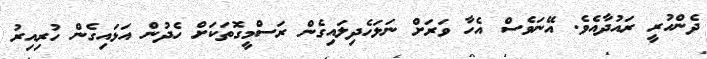
ދެންހުރީ ރައުދާއެވެ. އޭނަވެސް އެހާ ވަރަށް ނަލަހެދިލައިގެން ރަސްމީގޮތަކަށް ހެދުން އަޅައިގެން ހުރިއިރު